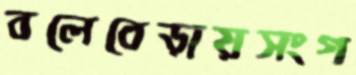
বলেবেড়ায়সংগ